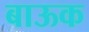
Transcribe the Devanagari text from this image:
बाऊक